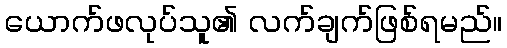
ယောက်ဖလုပ်သူ၏ လက်ချက်ဖြစ်ရမည်။